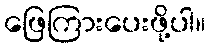
ဖြေကြားပေးဖို့ပါ။